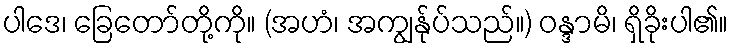
ပါဒေ၊ ခြေတော်တို့ကို။ (အဟံ၊ အကျွန်ုပ်သည်။) ဝန္ဒာမိ၊ ရှိခိုးပါ၏။